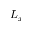
L _ { x }